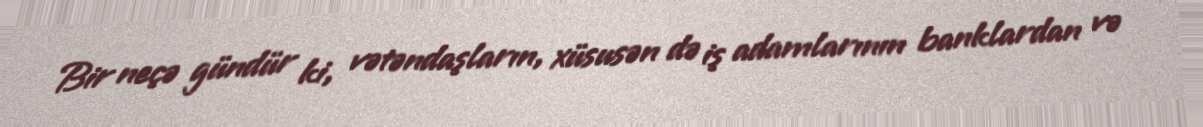
Bir neçə gündür ki, vətəndaşların, xüsusən də iş adamlarının banklardan və